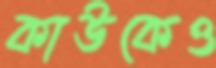
কাউকেও